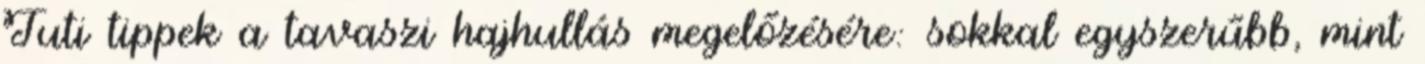
Tuti tippek a tavaszi hajhullás megelőzésére: sokkal egyszerűbb, mint